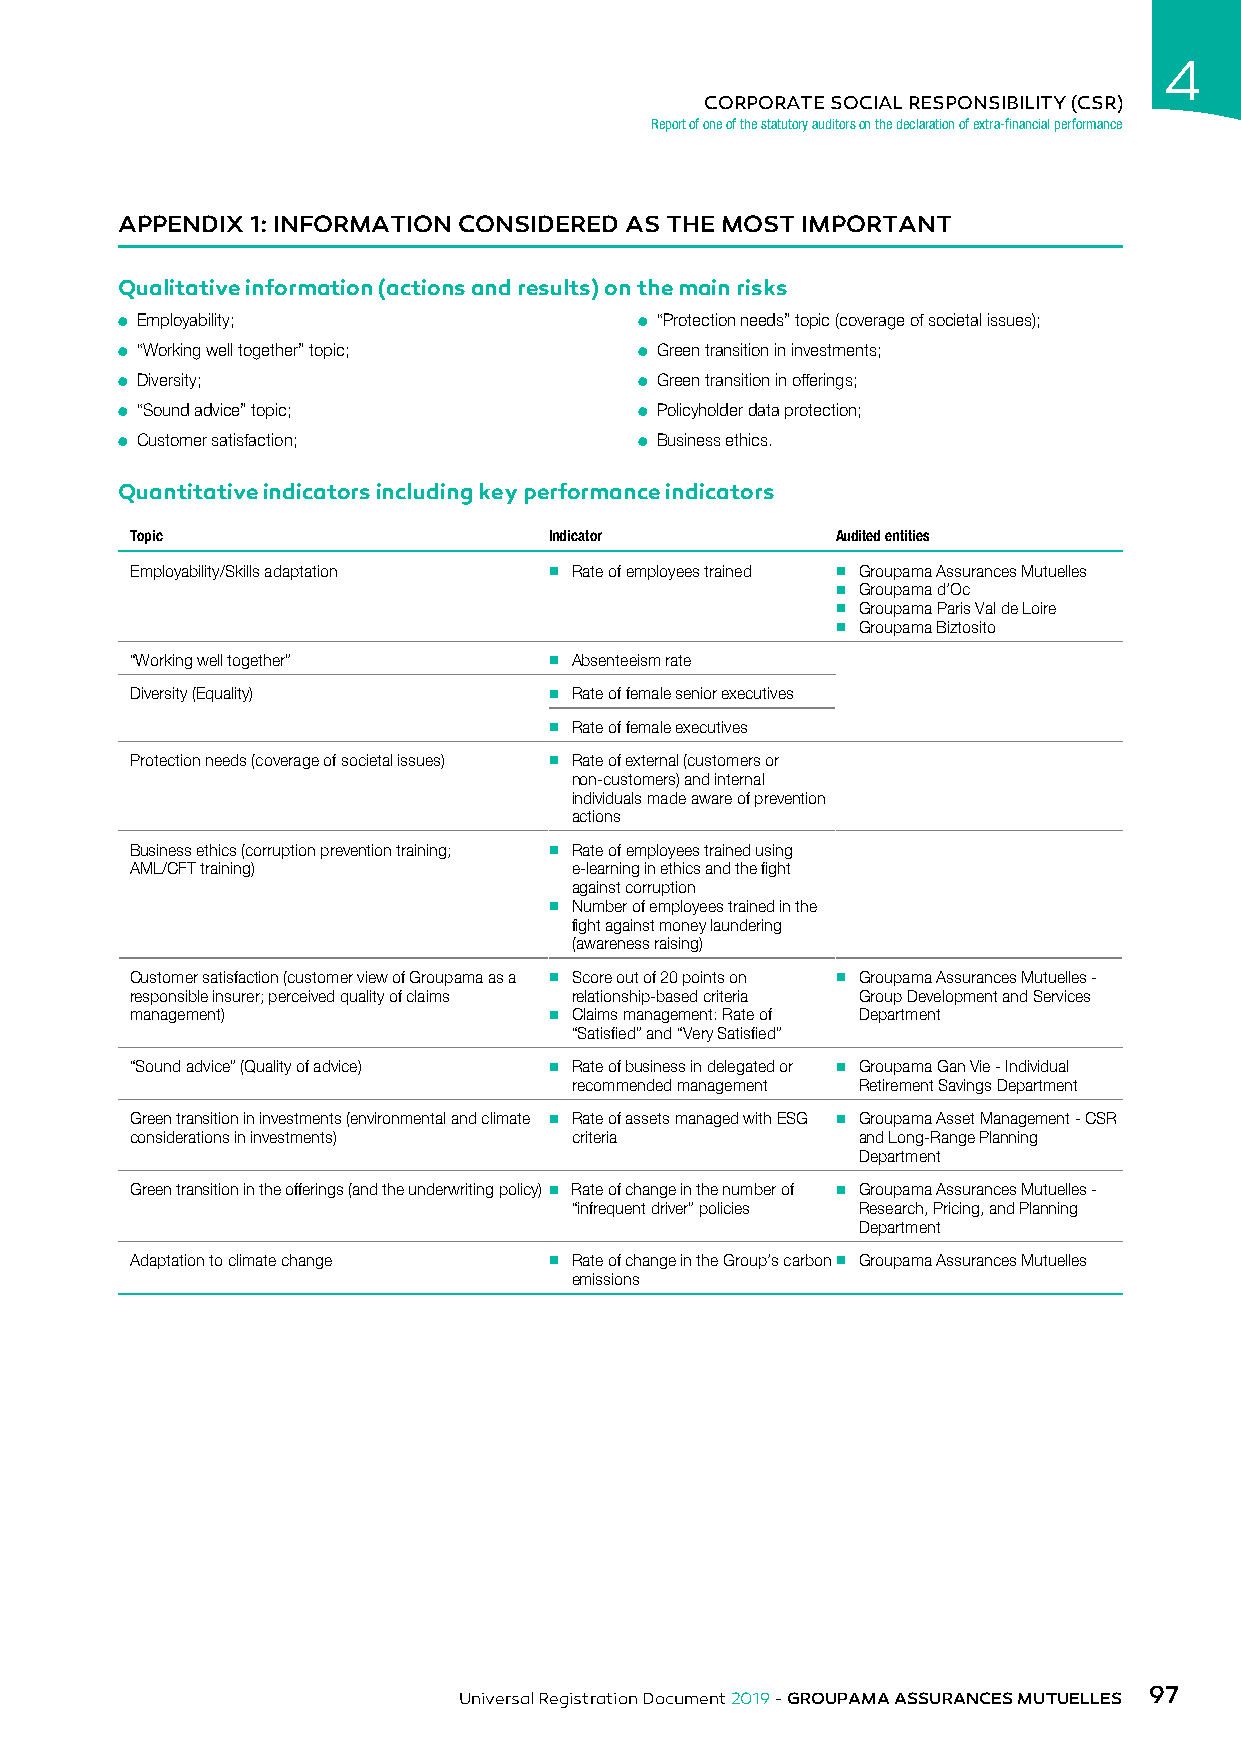
4
 CORPORATE SOCIAL RESPONSIBILITY (CSR)
 Report of one of the statutory auditors on the declaration of extra-financial performance
 APPENDIX 1: INFORMATION CONSIDERED AS THE MOST IMPORTANT
 Qualitative information (actions and results) on the main risks
 ● Employability;                  ● “Protection needs” topic (coverage of societal issues);
 ● “Working well together” topic;  ● Green transition in investments;
 ● Diversity;                      ● Green transition in offerings;
 ● “Sound advice” topic;           ● Policyholder data protection;
 ● Customer satisfaction;          ● Business ethics.
 Quantitative indicators including key performance indicators
 Topic                      Indicator          Audited entities
 Employability/Skills adaptation n Rate of employees trained n Groupama Assurances Mutuelles
 n Groupama d’Oc
 n Groupama Paris Val de Loire
 n Groupama Biztosito
 “Working well together”    n Absenteeism rate
 Diversity (Equality)       n Rate of female senior executives
 n Rate of female executives
 Protection needs (coverage of societal issues) n Rate of external (customers or
 non-customers) and internal
 individuals made aware of prevention
 actions
 Business ethics (corruption prevention training; n Rate of employees trained using
 AML/CFT training)            e-learning in ethics and the fight
 against corruption
 n Number of employees trained in the
 fight against money laundering
 (awareness raising)
 Customer satisfaction (customer view of Groupama as a n Score out of 20 points on n Groupama Assurances Mutuelles -
 responsible insurer; perceived quality of claims relationship-based criteria Group Development and Services
 management)                n Claims management: Rate of Department
 “Satisfied” and “Very Satisfied”
 “Sound advice” (Quality of advice) n Rate of business in delegated or n Groupama Gan Vie - Individual
 recommended management Retirement Savings Department
 Green transition in investments (environmental and climate n Rate of assets managed with ESG n Groupama Asset Management - CSR
 considerations in investments) criteria         and Long-Range Planning
 Department
 Green transition in the offerings (and the underwriting policy) n Rate of change in the number of n Groupama Assurances Mutuelles -
 “infrequent driver” policies Research, Pricing, and Planning
 Department
 Adaptation to climate change n Rate of change in the Group’s carbon n Groupama Assurances Mutuelles
 emissions
 97
 Universal Registration Document 2019 - GROUPAMA ASSURANCES MUTUELLES